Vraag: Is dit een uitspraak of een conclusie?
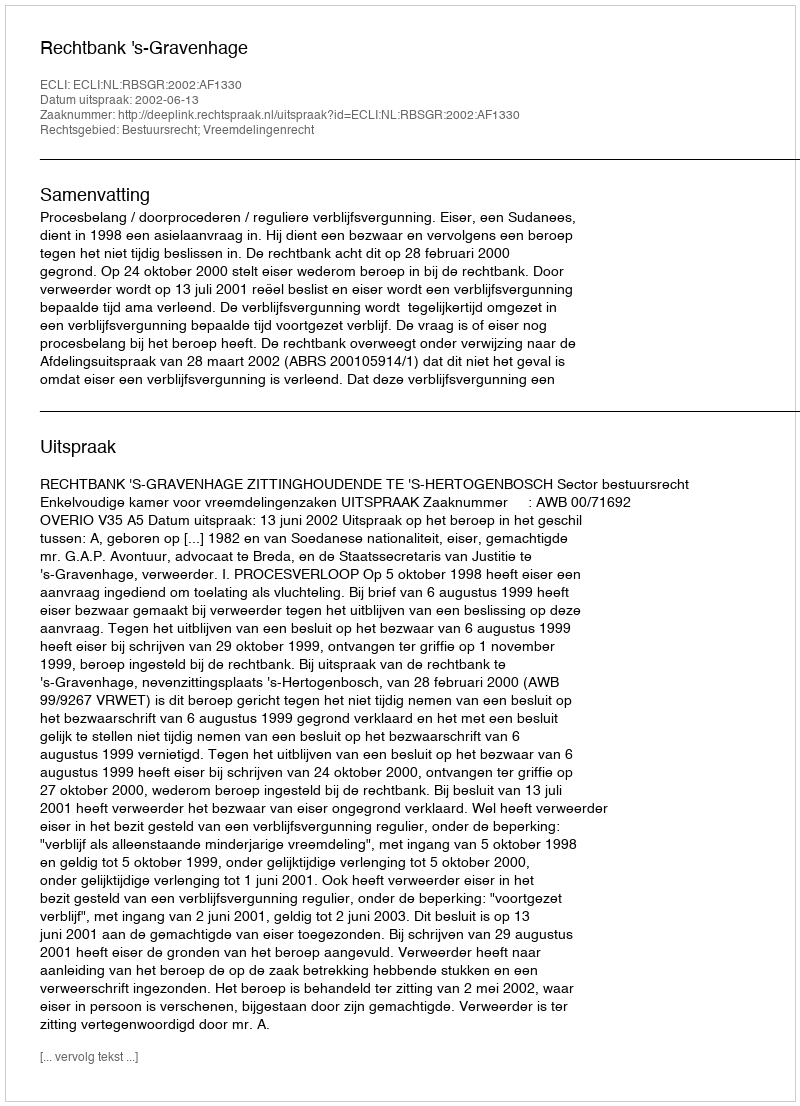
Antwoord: Uitspraak